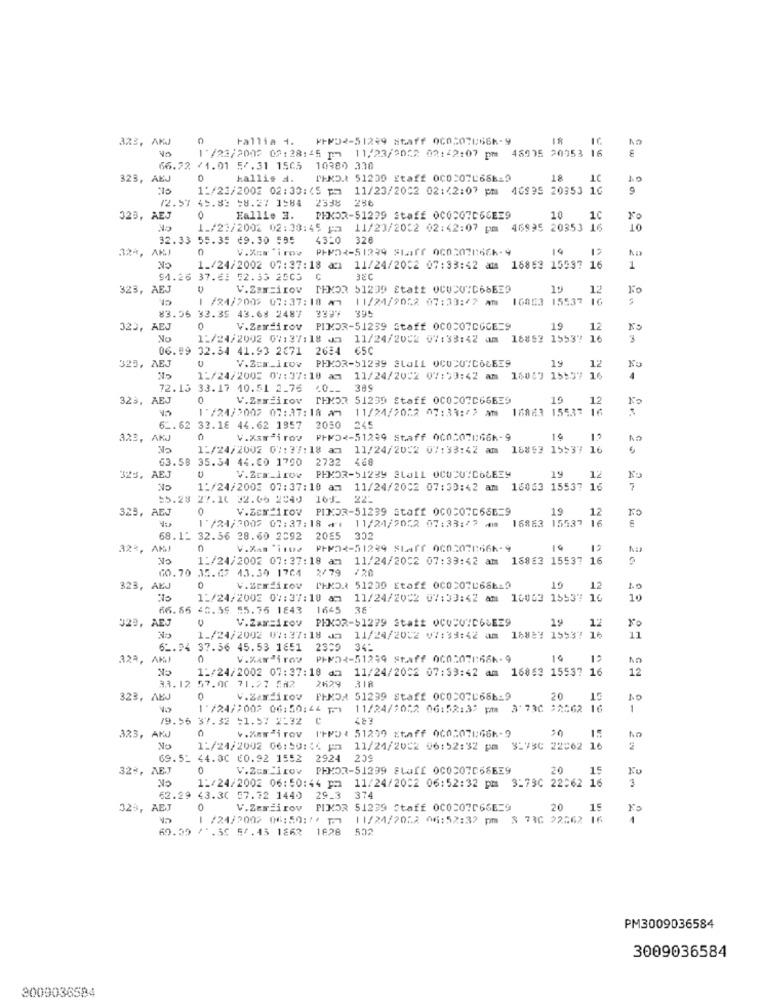
3%3, AKJ
0
Fallia 1.
⑈⑈02-51299 86aff 060507866-9
18
€
1 /23/2003 02: 28:45 pm 11/23/2052 02:42:07 pm 48935 20053 16
66.72 /1.01 57.31 1565 10380 338
323, AEJ
0
kallis a.
PEND. 51239 Staff 000:07L68619
18
10
11/23/2002 02:30:(5 pm 11/23/2002 02:42:07 pm 46995 20953 16
9
72.57 45.83 58.27 1584 2338 286
323, AEJ
0
Eallie 3.
PEKOR-51229 Staff 0COCQ7C66E29
10
1C
1_/21/2002 02:38:45 F3
11/23/2032 02:42:07 pm 46995 20353 16
10
32.33 55.35 69.30 585
4320 326
324, AKJ
0
P++-51239 2har 06020766-9
19
CK
1_/24/2002 07:37:18 am 11/24/2002 07:33:42 am 18853 15537 16
1
94.26 37.6: 52.35 2505 0
323, AEJ
V.Zam=irov
19
12
1 /84/200> 07:37:10 mm
1 /24/2009 07:37:10 am 11/24/7052 07:33:47 am 100G3 15537 16
16003 15537
83.56 33.39 43.68 2487
3397 395
323,
AEJ
0
V.Zardirov PIMDR-51239 Staff OCOCO7DGGE=9
19
12
1:/24/2002 07:37:18 Jn 11/24/2002 07:33:42 am 16862 15537
16
3
06.99 32.34 41.93 2671 2654 €5C
B, AEJ
V.Zcm_irow PHKOR-51239 Stall OCUDU"COLE39
19
12
1:/24/2002 09:37:10 am 11/24/2002 07:53:42 am 16089 15:37 16
-
72.13 33.17 10.51 2.76
389
323, A
0
V.Zamai rov
THMOR 51239 Staff 0COCO7C66EE9
19
12
11/24/2022 07:39:42 am
18883 155.37
1/24/2007 07:37:18 am
6 _. 62 33.18 44.62 1957 2050
245
323, AKJ
V.Xamirov PHP5-51239 Staff 000507066-9
16
12
1:/24/2002 07:37:18 am 11/24/2022 07:33:42 am
16853 15537
63.58 35.34 44.60 1790
2732 460
19
12
325, AEJ
V.Zcm_1row
PHMOR-51239 SLO11 OCUCUIC66E39
1:/24/2002 07:37:10 am 11/24/2002 07:30:42 am 18063 15537 16
7
$5.28 27.10 32.06 2549 161- 225
325, AEJ
V.Zex 1rov PINOR-51239 staff OCOCO7C66E=9
19
12
VU
1 /24/2009 07:37:18 : 11/24/2052 07:33:42 am 16863 15537 16
16
1 /24/2005 07:37:18 +1
68.12 32.36 28.60 2092
2055
302
32%, AMJ
0
V.Xam '110e
PFPOR-51299 Staff 0002071666-9
1:/24/2002 07:37:18 am 11/24/2002 07:33:42 am 18863 15537 16
60.70 35.09 43.30 1764 2/79
120
323, AEJ
0
V.Serdirov PHND.t 51209 Etaff 000507C66619
19
12
10
11/24/2002 07:37:10 am
11/24/2002 07:33:42 am 16003 15537 16
10
66.66 65.59 55.36 1843 1645 38
, AEJ
V.Zax=irov PEKOR-51279 Statt OCODVID66EE9
12
1_/24/2002 09:37:18 Jn 11/24/2002 W7:33:42 am 16887 15537 16
11
62.94 37.36 45.53 1851
2309
34-
323, AKJ
0
V .Karªi rov
PHM2-51299 Staff 060:07866k-9
14
15
An
11/24/2002 07:37:18 da
11/24/2002 07:39:42 am 16863 15537 16
12
33.12 57.00 71.27 5#2
2629 318
323, AEJ
0
V.Za dirov
FINOA 51299 Staff 0COCO7686-9
20
15
11/24/7002 06:50: 44 pm)
1 /24/2002 06:50:44 pm1 11/24/2022 06:52:32 pm 3'730 22562 16
1
79.56 37.32 :1.57 2:32 0
483
C
V.Kadirov IFPD: 51299 Etaff 000507U666-9
323, AKJ
No
11/24/2002 06:50 :<< ph 11/24/2002 06:52:32 pm 3:75C 22:62 16
69.52 44.30 €0.92 1552 2924
209
32%, AEJ
0
V.Zes irov PHKOR-51299 ELaff OC0307066EE9
20
15
1:/24/2002 06:50:44 pm 11/24/2002 06:52:32 pm 3:79C 22062 16
3
62.29 43.3( 57.72 1440 29_3 374
323, AEJ
0
V.Zariirov
PIKOR 51239 Staff 0C0207066E-9
20
15
/24/2002 06: 50:"/ 10 11/24/2052 06:52:32 pm 3 736 22562 16
-
69.59 /1.3C 5f.45 1862 1828
502
PM3009036584
3009036584
3009036594